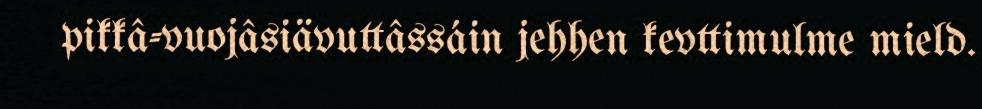
pikkâ-vuojâsiävuttâssáin jehhen kevttimulme mield.